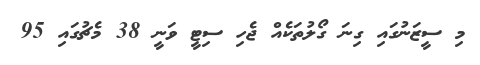
މި ސީޒަނުގައި ގިނަ ގޯލުތަކެއް ޖެހި ސިޓީ ވަނީ 38 މެޗުގައި 95